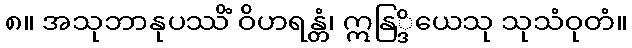
၈။ အသုဘာနုပဿိံ ဝိဟရန္တံ၊ ဣနြ္ဒိယေသု သုသံဝုတံ။